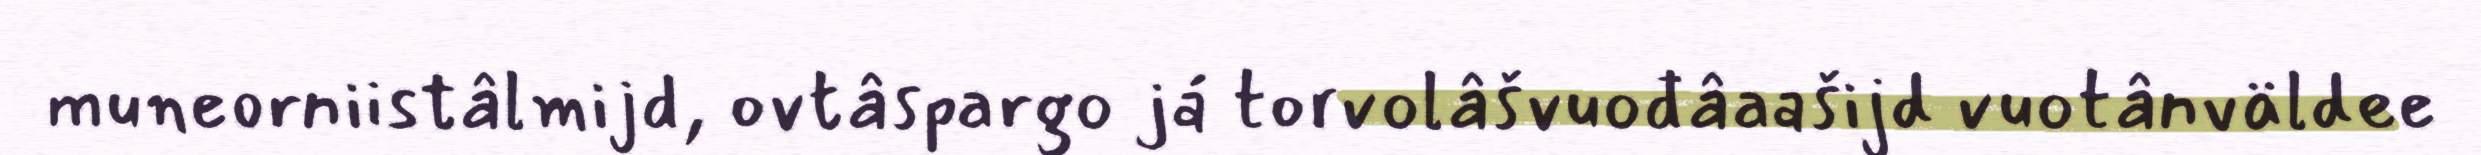
muneorniistâlmijd, ovtâspargo já torvolâšvuođâaašijd vuotânväldee